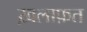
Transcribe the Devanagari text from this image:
ख़लाफ़त